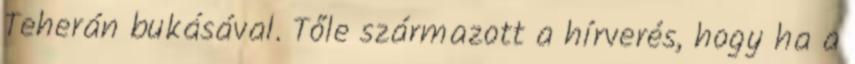
Teherán bukásával. Tőle származott a hírverés, hogy ha a